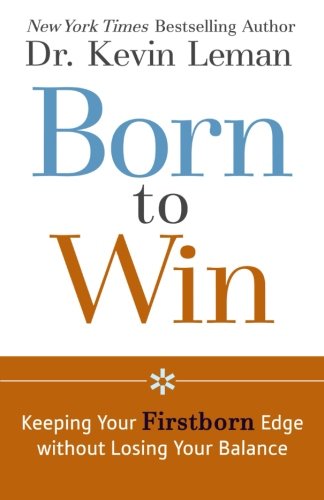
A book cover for Born to Win: Keeping Your Firstborn Edge without Losing Your Balance; Dr. Kevin Leman; Parenting & Relationships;